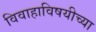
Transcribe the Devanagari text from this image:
विवाहाविषयीच्या